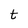
Character: t